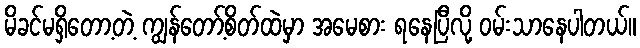
မိခင်မရှိတော့တဲ့ ကျွန်တော့်စိတ်ထဲမှာ အမေစား ရနေပြီလို့ ဝမ်းသာနေပါတယ်။